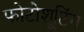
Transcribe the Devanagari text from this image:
फोटोशूटिंग